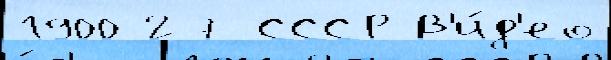
1900 27 СССР В'и́д'ео